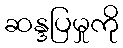
ဆန္ဒပြမှုကို